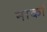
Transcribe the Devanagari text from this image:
नाकां